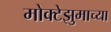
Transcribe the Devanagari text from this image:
मोक्टेझुमाच्या